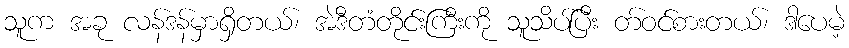
သူက အခု လန်ဒန်မှာရှိတယ်၊ အဲဒီတံတိုင်းကြီးကို သူသိပ်ပြီး တ်ဝင်စားတယ်၊ ဒါပေမဲ့